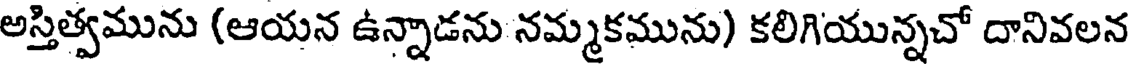
అస్తిత్వమును (ఆయన ఉన్నాడను నమ్మకమును) కలిగియున్నచో దానివలన